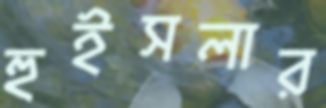
হুইসলার